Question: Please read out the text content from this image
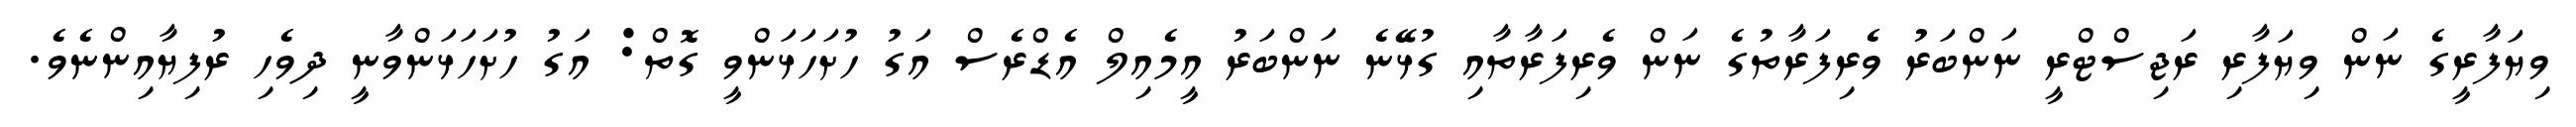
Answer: ވިޔަފާރީގެ ނަން ވިޔަފާރި ރަޖިސްޓްރީ ނަންބަރު ވެރިފަރާތުގެ ނަން ވެރިފަރާތާއި ގުޅޭނެ ނަންބަރު އީމެއިލް އެޑްރެސް އަގު ހުށަހަޅަންވީ ގޮތް: އަގު ހުށަހަޅަންވާނީ ދިވެހި ރުފިޔާއިންނެވެ.